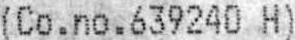
(CO.NO.639240 H)